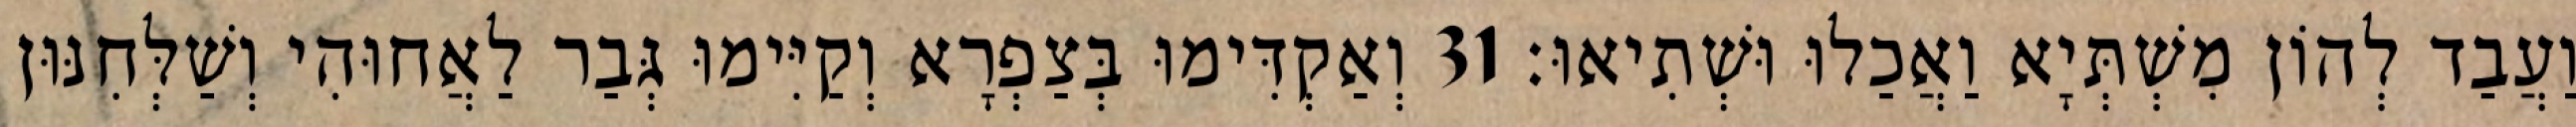
וַעֲבַד לְהוֹן מִשְׁתְּיָא וַאֲכַלוּ וּשְׁתִיאוּ׃ 31 וְאַקְדִּימוּ בְּצַפְרָא וְקַיִּימוּ גְּבַר לַאֲחוּהִי וְשַׁלְּחִנּוּן